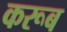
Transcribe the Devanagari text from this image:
करूब